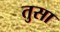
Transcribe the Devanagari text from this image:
तुसा